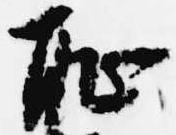
恥